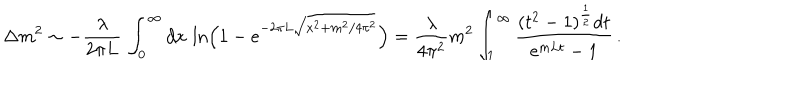
\Delta m ^ { 2 } \sim - \frac { \lambda } { 2 \pi L } \, \int _ { 0 } ^ { \infty } d x \, \ln \Bigl ( 1 - e ^ { - 2 \pi L \sqrt { x ^ { 2 } + m ^ { 2 } / 4 \pi ^ { 2 } } } \Bigr ) = \frac { \lambda } { 4 \pi ^ { 2 } } m ^ { 2 } \int _ { 1 } ^ { \infty } { \frac { ( t ^ { 2 } - 1 ) ^ { { \frac { 1 } { 2 } } } d t } { \mathrm { e } ^ { m L t } - 1 } } \, .